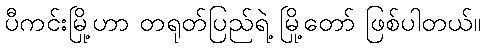
ပီကင်းမြို့ဟာ တရုတ်ပြည်ရဲ့ မြို့တော် ဖြစ်ပါတယ်။